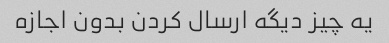
یه چیز دیگه ارسال کردن بدون اجازه